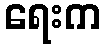
ရေးက